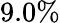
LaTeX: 9.0\%